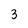
Character: 3